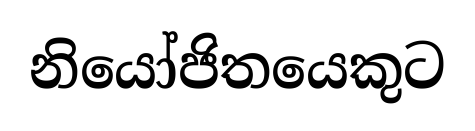
නියෝජිතයෙකුට